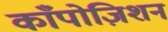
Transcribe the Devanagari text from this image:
काँपोज़िशन